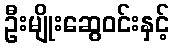
ဦးမျိုးဆွေဝင်းနှင့်